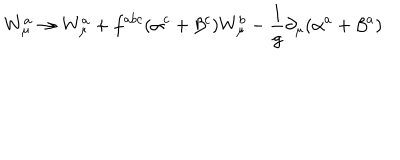
LaTeX: W _ { \mu } ^ { a } \to W _ { \mu } ^ { a } + f ^ { a b c } ( \alpha ^ { c } + \beta ^ { c } ) W _ { \mu } ^ { b } - \frac { 1 } { g } \partial _ { \mu } ( \alpha ^ { a } + \beta ^ { a } )